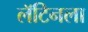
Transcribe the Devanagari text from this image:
लॅटिनला